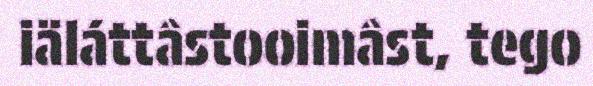
iäláttâstooimâst, tego